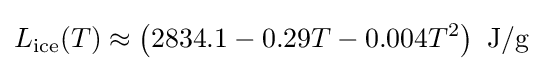
L_{\text{ice}}(T)\approx \left(2834.1-0.29T-0.004T^{2}\right)~{\text{J/g}}